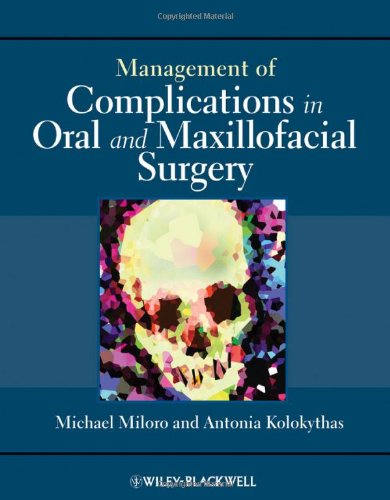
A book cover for Management of Complications in Oral and Maxillofacial Surgery; Medical Books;